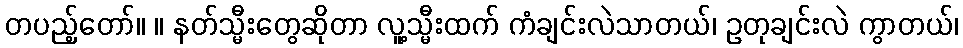
တပည့်တော်။ ။ နတ်သ္မီးတွေဆိုတာ လူ့သ္မီးထက် ကံချင်းလဲသာတယ်၊ ဥတုချင်းလဲ ကွာတယ်၊